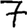
Digit: 7